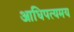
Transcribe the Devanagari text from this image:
आधिपत्यमय